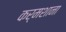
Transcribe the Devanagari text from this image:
कर्मशाना